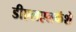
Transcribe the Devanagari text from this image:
डीएलएलकॅशे